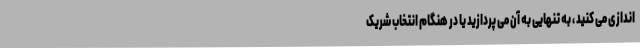
اندازی می کنید ، به تنهایی به آن می پردازید یا در هنگام انتخاب شریک